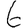
Digit: 6